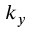
k _ { y }